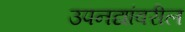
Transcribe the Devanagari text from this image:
उपनद्यांवरील